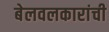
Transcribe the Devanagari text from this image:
बेलवलकारांची